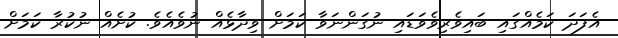
އެފަދަ ކަމެއްގައި ބައިވެރިވެވަޑައި ނުގަންނަވާ ކަމަށް ވިދާޅެއް ނުވެއެވެ. ކުށެއް ނުކުރާ ކަމަށް